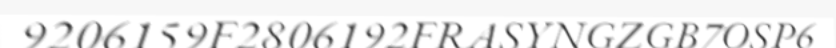
9206159F2806192FRASYNGZGB7OSP6